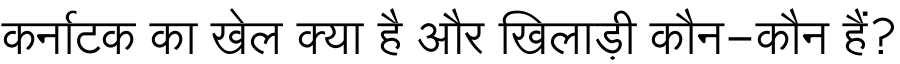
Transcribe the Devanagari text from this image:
कर्नाटक का खेल क्या है और खिलाड़ी कौन-कौन हैं?